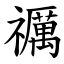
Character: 禲